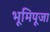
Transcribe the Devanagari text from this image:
भूमिपूजा